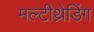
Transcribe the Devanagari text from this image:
मल्टीथ्रेडिंग